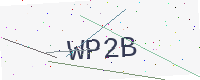
Text: WP2B